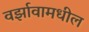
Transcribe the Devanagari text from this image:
वर्झावामधील